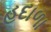
હદાળા